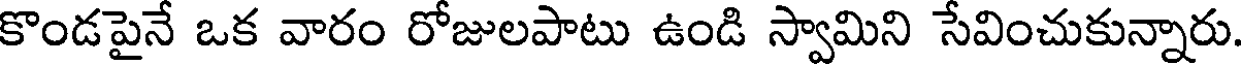
కొండపైనే ఒక వారం రోజులపాటు ఉండి స్వామిని సేవించుకున్నారు